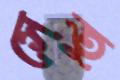
সেতু